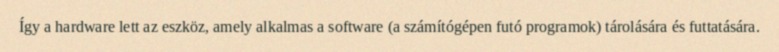
Így a hardware lett az eszköz, amely alkalmas a software (a számítógépen futó programok) tárolására és futtatására.